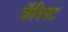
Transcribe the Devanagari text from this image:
कॅबिनट